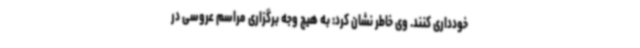
خودداری کنند. وی خاطر نشان کرد: به هیچ وجه برگزاری مراسم عروسی در